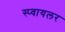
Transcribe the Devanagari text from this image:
स्प्वायलर